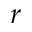
r